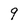
Character: 9